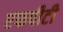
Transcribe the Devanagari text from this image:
एफपीटी